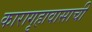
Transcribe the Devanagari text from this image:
कारागृहावासाची